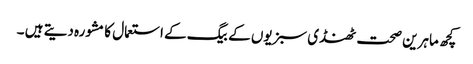
کچھ ماہرین صحت ٹھنڈی سبزیوں کے بیگ کے استعمال کامشورہ دیتے ہیں ۔